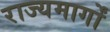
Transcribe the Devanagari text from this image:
राज्यमार्गों